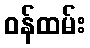
ဝန်ထမ်း